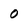
Character: 0